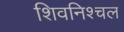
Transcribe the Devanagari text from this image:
शिवनिश्चल